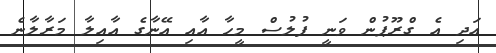
އަދި އެ ގްރޫޕުން ވަނީ ފުލުސް މީހާ އާއި އޭނާގެ އާއިލާ މަރާލާނެ